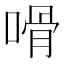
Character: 嗗